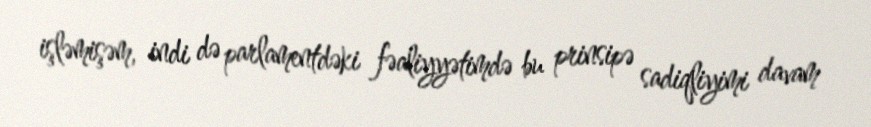
işləmişəm, indi də parlamentdəki fəaliyyətimdə bu prinsipə sadiqliyimi davam